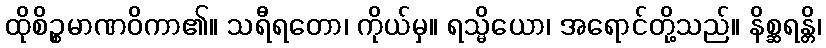
ထိုစိဉ္စမာဏဝိကာ၏။ သရီရတော၊ ကိုယ်မှ။ ရသ္မိယော၊ အရောင်တို့သည်။ နိစ္ဆရန္တိ၊